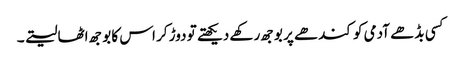
کسی بڈھے آدمی کو کندھے پر بوجھ رکھے دیکھتے تو دوڑ کر اس کا بوجھ اٹھا لیتے ۔